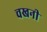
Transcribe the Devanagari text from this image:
चखनी